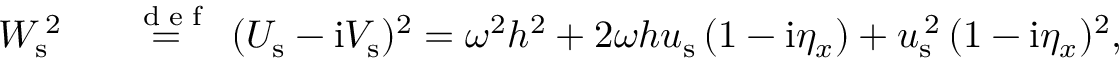
\begin{array} { r l } { { W } _ { \mathrm { s } } ^ { \, 2 } } & { { } \stackrel { \mathrm { ~ \tiny ~ { ~ d ~ e ~ f ~ } ~ } } { = } ( { U } _ { \mathrm { s } } - \mathrm { i } { V } _ { \mathrm { s } } ) ^ { 2 } = \omega ^ { 2 } h ^ { 2 } + 2 \omega h { u } _ { \mathrm { s } } \, ( 1 - \mathrm { i } \eta _ { x } ) + { u } _ { \mathrm { s } } ^ { \, 2 } \, ( 1 - \mathrm { i } \eta _ { x } ) ^ { 2 } , } \end{array}